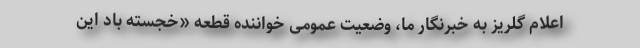
اعلام گلریز به خبرنگار ما، وضعیت عمومی خواننده قطعه «خجسته باد این